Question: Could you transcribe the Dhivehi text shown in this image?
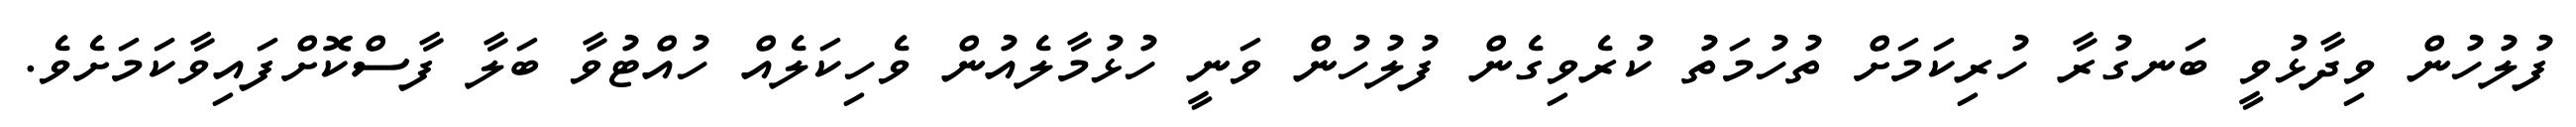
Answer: ފުލުހުން ވިދާޅުވީ ބަނގުރާ ހުރިކަމަށް ތުހުމަތު ކުރެވިގެން ފުލުހުން ވަނީ ހުޅުމާލެއުން ވެހިކަލެއް ހުއްޓުވާ ބަލާ ފާސްކޮށްފައިވާކަމަށެވެ.